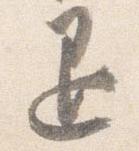
退